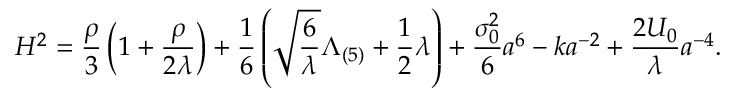
H ^ { 2 } = \frac { \rho } { 3 } \left( 1 + \frac { \rho } { 2 \lambda } \right) + \frac { 1 } { 6 } \left( \sqrt { \frac { 6 } { \lambda } } \Lambda _ { ( 5 ) } + \frac { 1 } { 2 } \lambda \right) + \frac { \sigma _ { 0 } ^ { 2 } } { 6 } a ^ { \- 6 } - k a ^ { - 2 } + \frac { 2 { \cal U } _ { 0 } } { \lambda } a ^ { - 4 } .